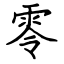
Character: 零